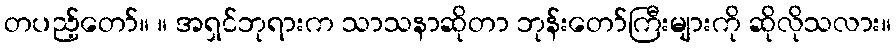
တပည့်တော်။ ။ အရှင်ဘုရားက သာသနာဆိုတာ ဘုန်းတော်ကြီးများကို ဆိုလိုသလား။